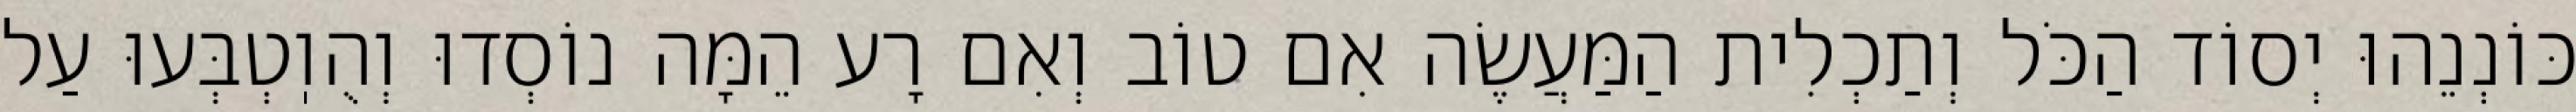
כּוֹנְנֵהוּ יְסוֹד הַכֹּל וְתַכְלִית הַמַּעֲשֶׂה אִם טוֹב וְאִם רָע הֵמָּה נוֹסְדוּ וְהֻוֽטְבְּעוּ עַל